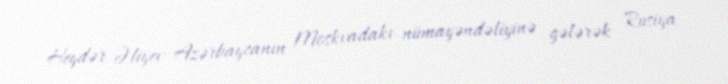
Heydər Əliyev Azərbaycanın Moskvadakı nümayəndəliyinə gələrək Rusiya